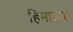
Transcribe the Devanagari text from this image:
हिमाल्या